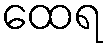
ထေရ